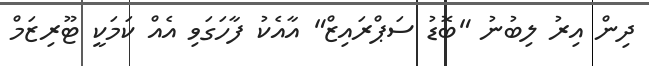
ދިން އިރު ލިބުނު "ބޮޑު ސަޕްރައިޒް" އާއެކު ފާހަގަވި އެއް ކަމަކީ ޓޫރިޒަމް